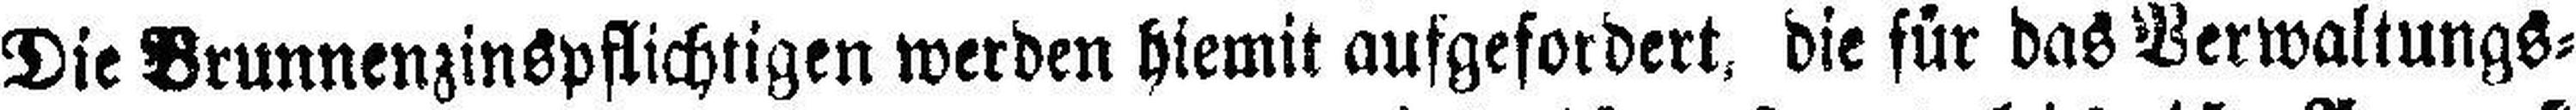
Die Brunnenzinspflichtigen werden hiemit aufgefordert, die für das Verwaltungs=